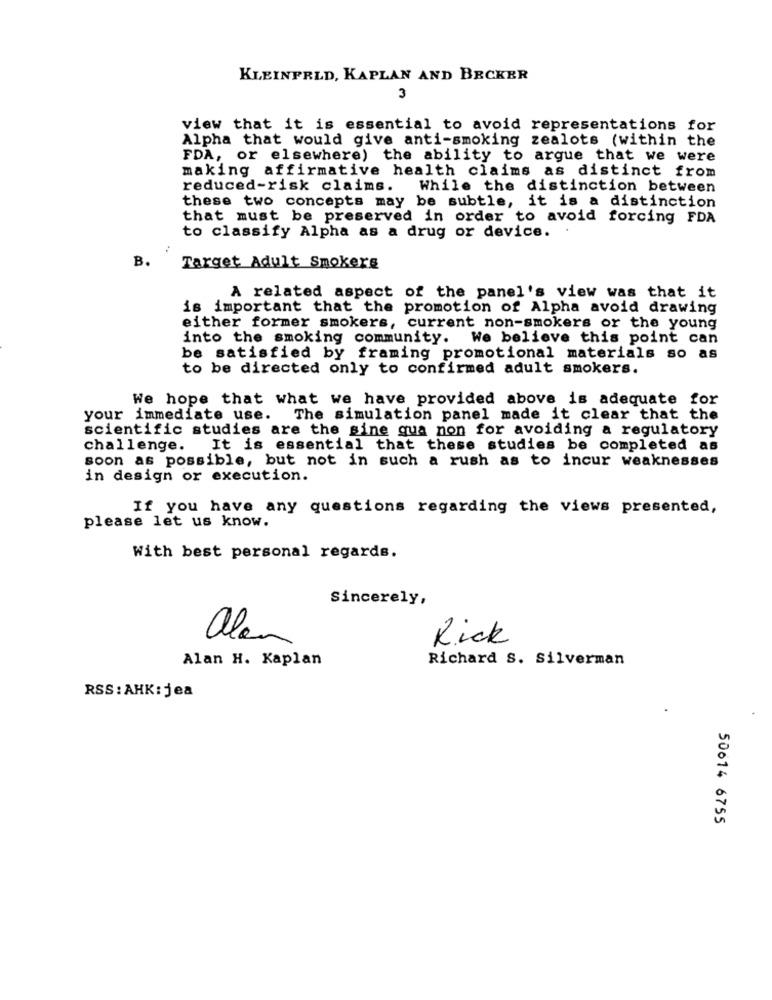
KLEINFELD, KAPLAN AND BECKER
3
view that it is essential to avoid representations for
Alpha that would give anti-smoking zealots (within the
FDA, or elsewhere) the ability to argue that we were
making affirmative health claims as distinct from
reduced-risk claims.
While the distinction between
these two concepts may be subtle, it is a distinction
that must be preserved in order to avoid forcing FDA
to classify Alpha as a drug or device.
B.
Target Adult Smokers
A related aspect of the panel's view was that it
is important that the promotion of Alpha avoid drawing
either former smokers, current non-smokers or the young
into the smoking community. We believe this point can
be satisfied by framing promotional materials so as
to be directed only to confirmed adult smokers.
We hope that what we have provided above is adequate for
your immediate use. The simulation panel made it clear that the
scientific studies are the sine qua non for avoiding a regulatory
challenge.
It is essential that these studies be completed as
soon as possible, but not in such a rush as to incur weaknesses
in design or execution.
If you have any questions regarding the views presented,
please let us know.
With best personal regards.
Sincerely,
alen
Rick
Alan H. Kaplan
Richard S. Silverman
RSS: AHK: jea
50614 6755